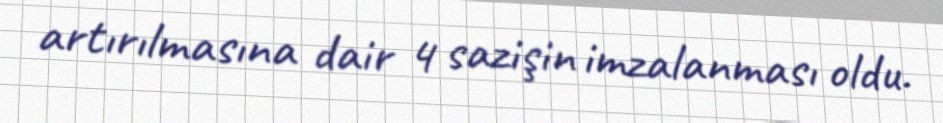
artırılmasına dair 4 sazişin imzalanması oldu.